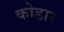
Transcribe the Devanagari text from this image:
कोडार